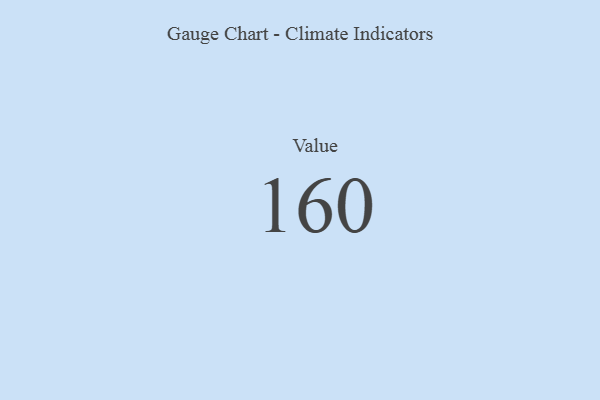
{"axis": {"x": "Metric", "y": "Value"}, "legend": [""], "data": [{"x": "Value", "y": 160, "type": ""}]}